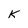
Character: k